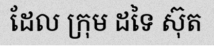
ដែល ក្រុម ដទៃ ស៊ុត